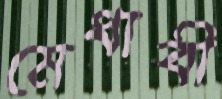
মেধাবী